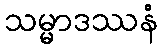
သမ္မာဒဿနံ